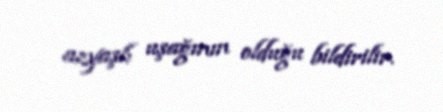
azyaşlı uşağının olduğu bildirilir.